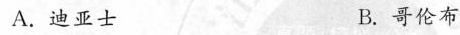
A.迪亚士 B.哥伦布